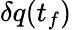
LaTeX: \delta q(t_{f})